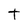
Character: t